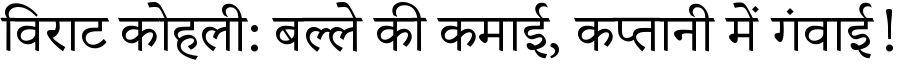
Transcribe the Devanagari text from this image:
विराट कोहली: बल्ले की कमाई, कप्तानी में गंवाई!